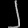
Digit: ၂